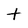
Character: t